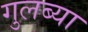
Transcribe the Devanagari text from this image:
गुलब्या